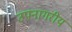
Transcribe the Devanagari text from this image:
उपनागरीय